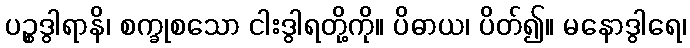
ပဉ္စဒွါရာနိ၊ စက္ခုစသော ငါးဒွါရတို့ကို။ ပိဓာယ၊ ပိတ်၍။ မနောဒွါရေ၊